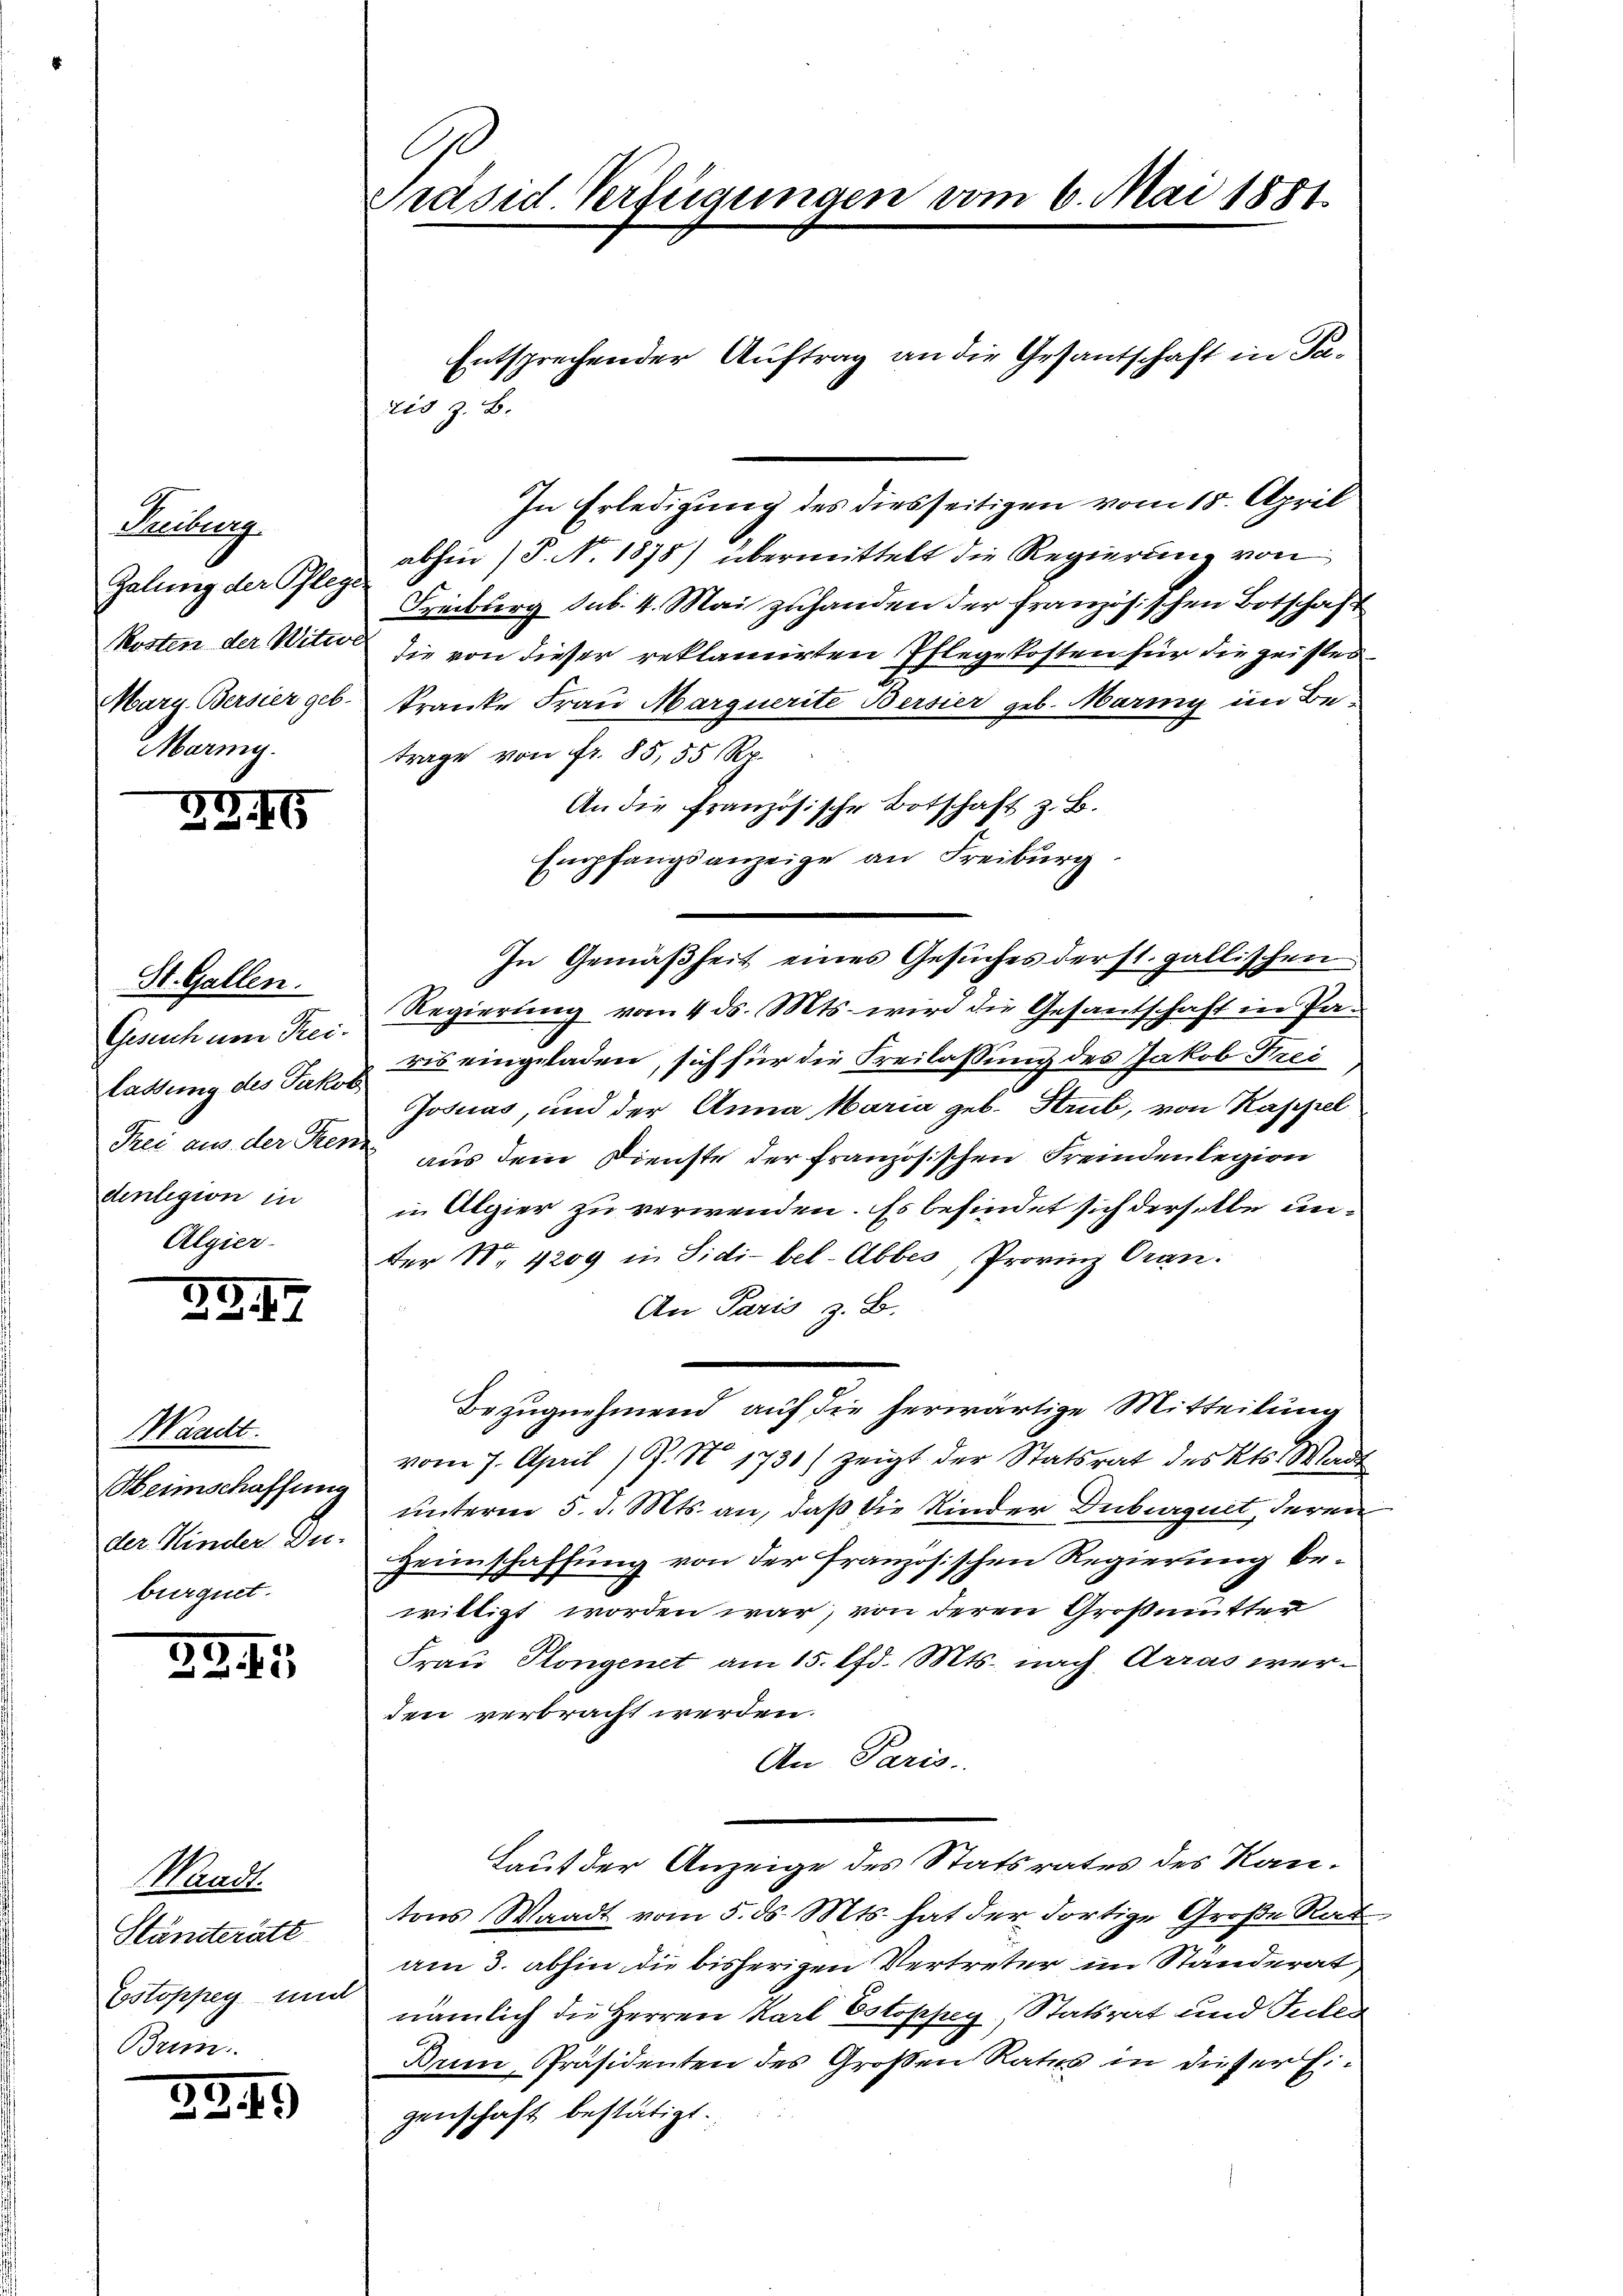
Heubegg
Zalung der Pflege.
Maring.

ZG. 19

St. Gallen.
Gesuch um Frei-
lastung des Jakob
Frei aus der Trenn
denlegion in
Algier

GG. 77

Waadt.
Heimschaffung
der Kinder Du-
burguet.

2.2. 15

Waadt.
Ständeratt
Briin

3G. 19

Ge
Präsid. Verfügungen vom 6. Mai 1881.

Entsprechender Auftrag an die Gesantschaft in Pa¬
In Erledigung des diesseitigen vom 15. April
abhin (P. N. 1878) übermittelt die Regierung von
Freiburg sub. 4. Mai zuhanden der französischen Botschaft
Kosten der Witte die von dieser reklamirten Pflegekosten für die geistes
Marg. Bersier geb. Kranke Frau Marquerite Bersier geb. Marmy im Betrage von fr. 85, 55 Rp.
An die französische Botschaft z. B.
Empfangsanzeige an Freiburg.
Regierung vom 4. ds. Mts. wird die Gesantschaft in Paris eingeladen, sich für die Freilassung des Jakob Frei
Josuas, und der Anna Maria geb. Krub, von Kappel
aus dem Dienste der französischen Fremdenlegion
in Algier zu verwenden. Es befindet sich derselbe unter No. 4209 in Sidi-bel-Abbes, Provinz Oran.
An Paris z. B.
Bezugnehmend auf die herwärtige Mitteilung
vom 7. April 19. No 1730) zeigt der Statsrat des Kts. Wart
unterm 5. d. Mts. an, daß die Kinder Duburguit, deren
Heimschaffung von der französischen Regierung bewilligt worden war, von deren Großmutter
Frau Plongenet am 15. lfd. Mts. nach Arras werden verbracht werden.
An Paris.
Lauf der Anzeige des Statsrates des Kantons Waadt vom 5. ds. Mts. hat der dortige Große Rat
am 3. abhin die bisherigen Vertreter im Standerat
Estoppey und nämlich die Herren Karl Eotopsey, Statsrat und Tuter
Bri, Präsidenten des Großen Rates in dieser Eigenschaft bestätigt.

ris z. B.

In Gemäßheit eines Gesuches derst. gallischen